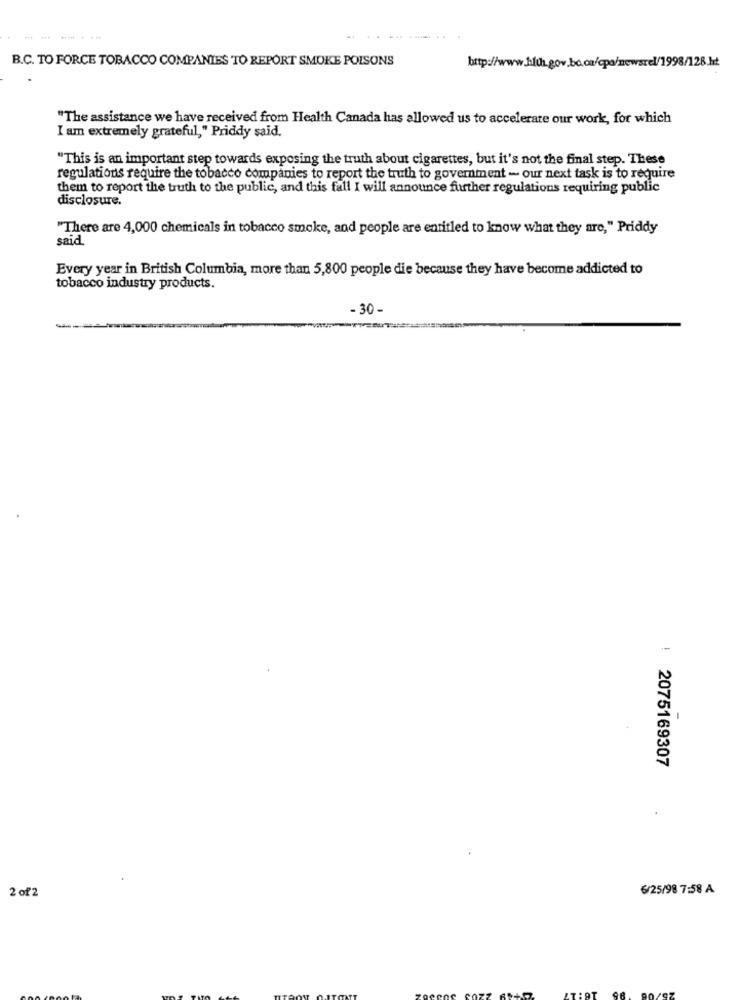
B.C. TO FORCE TOBACCO COMPANIES TO REPORT SMOKE POISONS
http://www.jit.gov.bo.ca/epa/newsrel/1998/128.kt
"The assistance we have received from Health Canada has allowed us to accelerate our work, for which
I am extremely grateful," Priddy said.
"This is an important step towards exposing the truth about cigarettes, but it's not the final step. These
regulations require the tobacco companies to report the truth to government - our next task is to require
them to report the truth to the public, and this fall I will announce further regulations requiring public
disclosure.
"There are 4,000 chemicals in tobacco smoke, and people are entitled to know what they are," Priddy
said
Every year in British Columbia, more than 5,800 people die because they have become addicted to
tobacco industry products.
- 30 -
: 2075169307
2 of 2
6/25/98 7:58 A